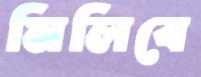
মিলিবে